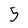
Character: 5